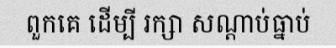
ពួកគេ ដើម្បី រក្សា សណ្តាប់ធ្នាប់